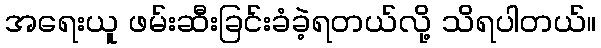
အရေးယူ ဖမ်းဆီးခြင်းခံခဲ့ရတယ်လို့ သိရပါတယ်။